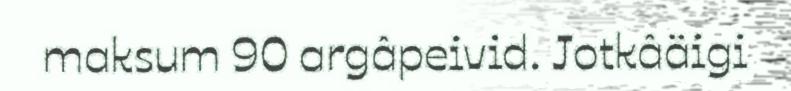
maksum 90 argâpeivid. Jotkâäigi